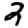
Digit: 2